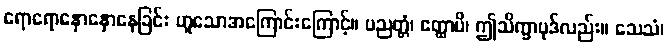
ရောရောနှောနှောနေခြင်း ဟူသောအကြောင်းကြောင့်။ ပညတ္တံ၊ ဧတ္ထာပိ၊ ဤသိက္ခာပုဒ်လည်း။ သေသံ၊